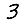
Digit: 3